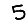
Digit: 5